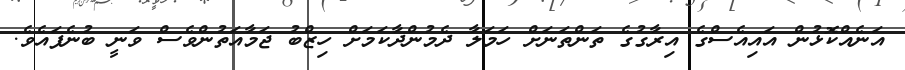
އަނެއްކޮޅުން އައިއެސްގެ އިރާގުގެ ތަންތަނަށް ހަމަލާ ދެމުންދާކަމަށް ހިޒްބު ޖަމާއަތުންވެސް ވަނީ ބުނެފައެވެ.